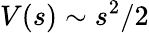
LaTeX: V(s)\sim s^{2}/2